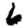
Digit: 6